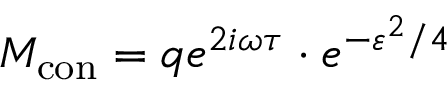
M _ { \mathrm { { c o n } } } = q e ^ { 2 i \omega \tau } \cdot e ^ { - \varepsilon ^ { 2 } / 4 }